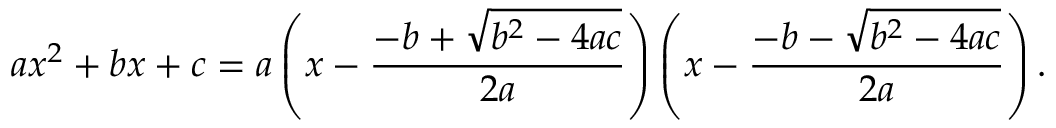
a x ^ { 2 } + b x + c = a \left( x - { \frac { - b + { \sqrt { b ^ { 2 } - 4 a c } } } { 2 a } } \right) \left( x - { \frac { - b - { \sqrt { b ^ { 2 } - 4 a c } } } { 2 a } } \right) .